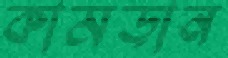
কামড়ান